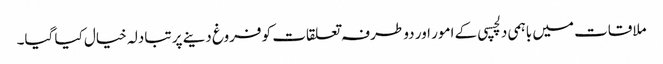
ملاقات میں باہمی دلچسپی کے امور اور دو طرفہ تعلقات کو فروغ دینے پر تبادلہ خیال کیا گیا۔